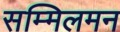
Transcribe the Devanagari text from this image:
सम्मिलमन